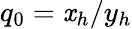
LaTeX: q_{0}=\mathit{x}_{h}/y_{h}